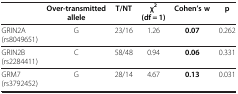
<table><thead><tr><td><b> </b></td><td><b>Over-transmitted allele</b></td><td><b>T/NT</b></td><td><b>χ<sup>2 </sup>(df = 1)</b></td><td><b>Cohen’s w</b></td><td><b>p</b></td></tr></thead><tbody><tr><td>GRIN2A (rs8049651)</td><td>G</td><td>23/16</td><td>1.26</td><td><b>0.07</b></td><td>0.262</td></tr><tr><td>GRIN2B (rs2284411)</td><td>C</td><td>58/48</td><td>0.94</td><td><b>0.06</b></td><td>0.331</td></tr><tr><td>GRM7 (rs3792452)</td><td>G</td><td>28/14</td><td>4.67</td><td><b>0.13</b></td><td>0.031</td></tr></tbody></table>